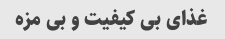
غذای بی کیفیت و بی مزه